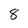
Character: 8